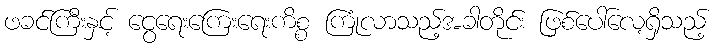
ဖခင်ကြီးနှင့် ငွေရေးကြေးရေးကိစ္စ ကြုံလာသည့်အခါတိုင်း ဖြစ်ပေါ်လေ့ရှိသည့်